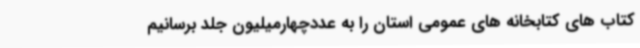
کتاب های کتابخانه های عمومی استان را به عددچهارمیلیون جلد برسانیم